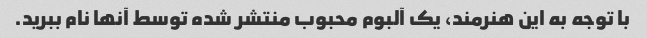
با توجه به این هنرمند، یک آلبوم محبوب منتشر شده توسط آنها نام ببرید.